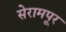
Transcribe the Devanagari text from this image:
सेरामपूर